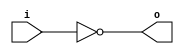
module open_drain_inverter(
    input wire i,
    output reg o
);

assign o = ~i;

endmodule